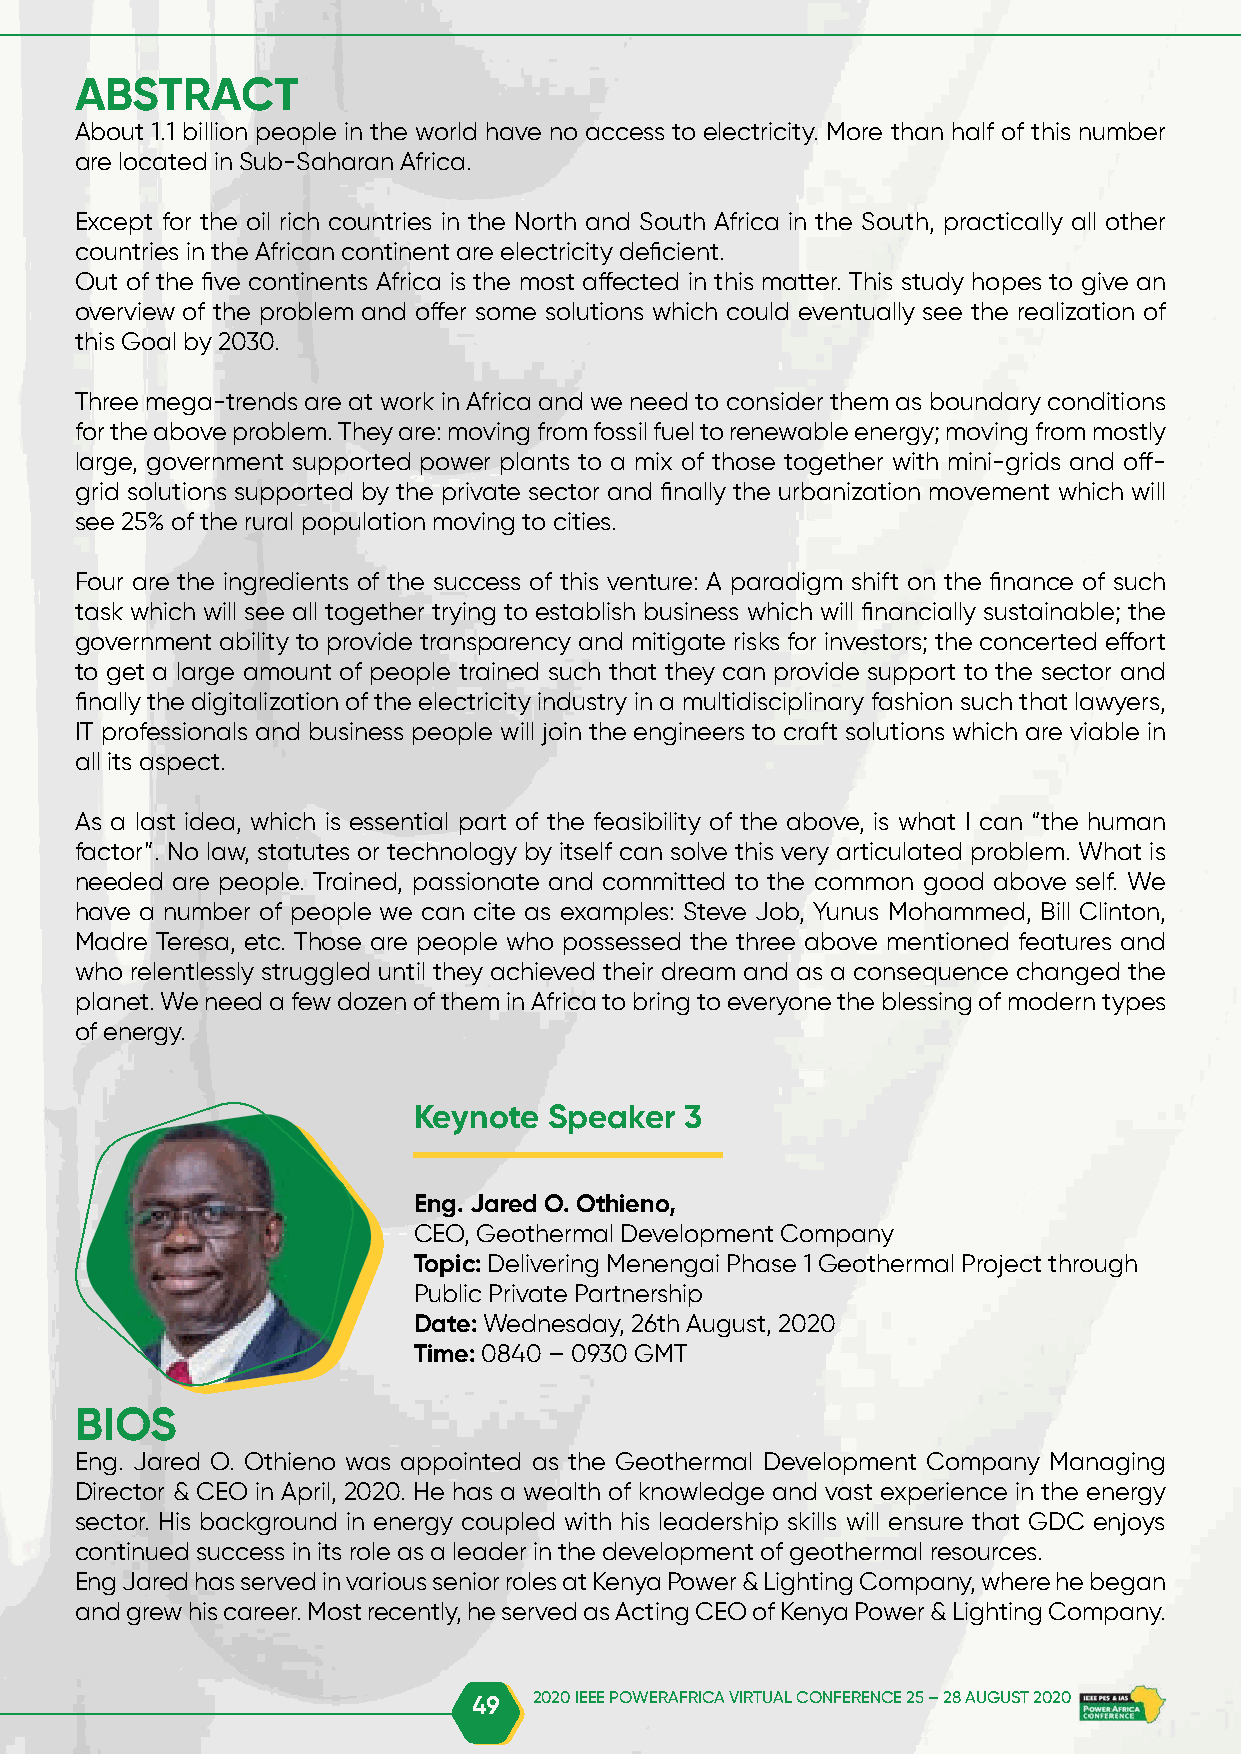
ABSTRACT
 About 1.1 billion people in the world have no access to electricity. More than half of this number
 are located in Sub-Saharan Africa.
 Except for the oil rich countries in the North and South Africa in the South, practically all other
 countries in the African continent are electricity deficient.
 Out of the five continents Africa is the most affected in this matter. This study hopes to give an
 overview of the problem and offer some solutions which could eventually see the realization of
 this Goal by 2030.
 Three mega-trends are at work in Africa and we need to consider them as boundary conditions
 for the above problem. They are: moving from fossil fuel to renewable energy; moving from mostly
 large, government supported power plants to a mix of those together with mini-grids and off-
 grid solutions supported by the private sector and finally the urbanization movement which will
 see 25% of the rural population moving to cities.
 Four are the ingredients of the success of this venture: A paradigm shift on the finance of such
 task which will see all together trying to establish business which will financially sustainable; the
 government ability to provide transparency and mitigate risks for investors; the concerted effort
 to get a large amount of people trained such that they can provide support to the sector and
 finally the digitalization of the electricity industry in a multidisciplinary fashion such that lawyers,
 IT professionals and business people will join the engineers to craft solutions which are viable in
 all its aspect.
 As a last idea, which is essential part of the feasibility of the above, is what I can “the human
 factor”. No law, statutes or technology by itself can solve this very articulated problem. What is
 needed are people. Trained, passionate and committed to the common good above self. We
 have a number of people we can cite as examples: Steve Job, Yunus Mohammed, Bill Clinton,
 Madre Teresa, etc. Those are people who possessed the three above mentioned features and
 who relentlessly struggled until they achieved their dream and as a consequence changed the
 planet. We need a few dozen of them in Africa to bring to everyone the blessing of modern types
 of energy.
 Keynote  Speaker  3
 Eng. Jared O. Othieno,
 CEO, Geothermal Development Company
 Topic: Delivering Menengai Phase 1 Geothermal Project through
 Public Private Partnership
 Date: Wednesday, 26th August, 2020
 Time: 0840 – 0930 GMT
 BIOS
 Eng. Jared O. Othieno was appointed as the Geothermal Development Company Managing
 Director & CEO in April, 2020. He has a wealth of knowledge and vast experience in the energy
 sector. His background in energy coupled with his leadership skills will ensure that GDC enjoys
 continued success in its role as a leader in the development of geothermal resources.
 Eng Jared has served in various senior roles at Kenya Power & Lighting Company, where he began
 and grew his career. Most recently, he served as Acting CEO of Kenya Power & Lighting Company.
 49  2020 IEEE POWERAFRICA VIRTUAL CONFERENCE 25 – 28 AUGUST 2020